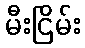
မီးငြိမ်း